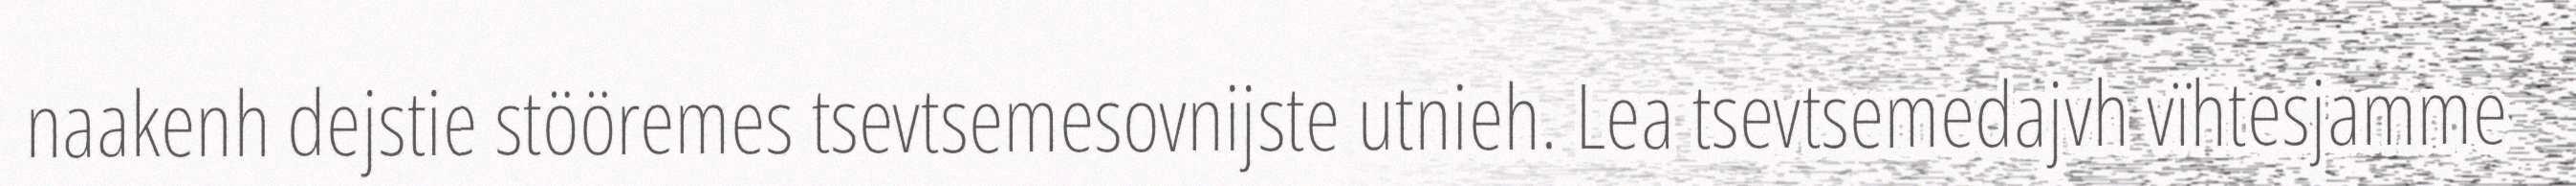
naakenh dejstie stööremes tsevtsemesovnijste utnieh. Lea tsevtsemedajvh vïhtesjamme